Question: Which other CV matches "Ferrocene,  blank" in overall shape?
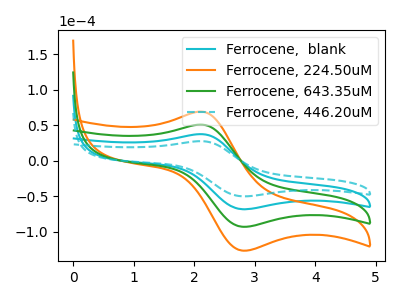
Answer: <think>The cyan curve "Ferrocene,  blank" has an anodic peak at (2.10V, 37.25uA) and a cathodic peak at (2.80V, -68.55uA). The orange curve "Ferrocene, 224.50uM" has an anodic peak at (2.10V, 111.80uA) and a cathodic peak at (2.80V, -205.60uA). The green curve "Ferrocene, 643.35uM" has an anodic peak at (2.10V, 74.50uA) and a cathodic peak at (2.80V, -137.05uA). The cyan dashed curve "Ferrocene, 446.20uM" has an anodic peak at (2.10V, 27.40uA) and a cathodic peak at (2.80V, -50.35uA).
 All the peaks in "Ferrocene,  blank" have a peak in "Ferrocene, 224.50uM" at the same potential. Every peak in "Ferrocene,  blank" is lower than every peak in "Ferrocene, 224.50uM". All the peaks in "Ferrocene,  blank" have a peak in "Ferrocene, 643.35uM" at the same potential. Every peak in "Ferrocene,  blank" is lower than every peak in "Ferrocene, 643.35uM". All the peaks in "Ferrocene,  blank" have a peak in "Ferrocene, 446.20uM" at the same potential. Every peak in "Ferrocene,  blank" is higher than every peak in "Ferrocene, 446.20uM". All the peaks in "Ferrocene, 224.50uM" have a peak in "Ferrocene, 643.35uM" at the same potential. Every peak in "Ferrocene, 224.50uM" is higher than every peak in "Ferrocene, 643.35uM". All the peaks in "Ferrocene, 224.50uM" have a peak in "Ferrocene, 446.20uM" at the same potential. Every peak in "Ferrocene, 224.50uM" is higher than every peak in "Ferrocene, 446.20uM". All the peaks in "Ferrocene, 643.35uM" have a peak in "Ferrocene, 446.20uM" at the same potential. Every peak in "Ferrocene, 643.35uM" is higher than every peak in "Ferrocene, 446.20uM".</think>
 <answer>"Ferrocene,  blank", "Ferrocene, 224.50uM" and "Ferrocene, 643.35uM" have a similar shape to "Ferrocene, 446.20uM".</answer>
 <eval>"Ferrocene,  blank" "Ferrocene, 224.50uM" "Ferrocene, 643.35uM"</eval>